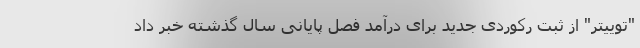
"توییتر" از ثبت رکوردی جدید برای درآمد فصل پایانی سال گذشته خبر داد